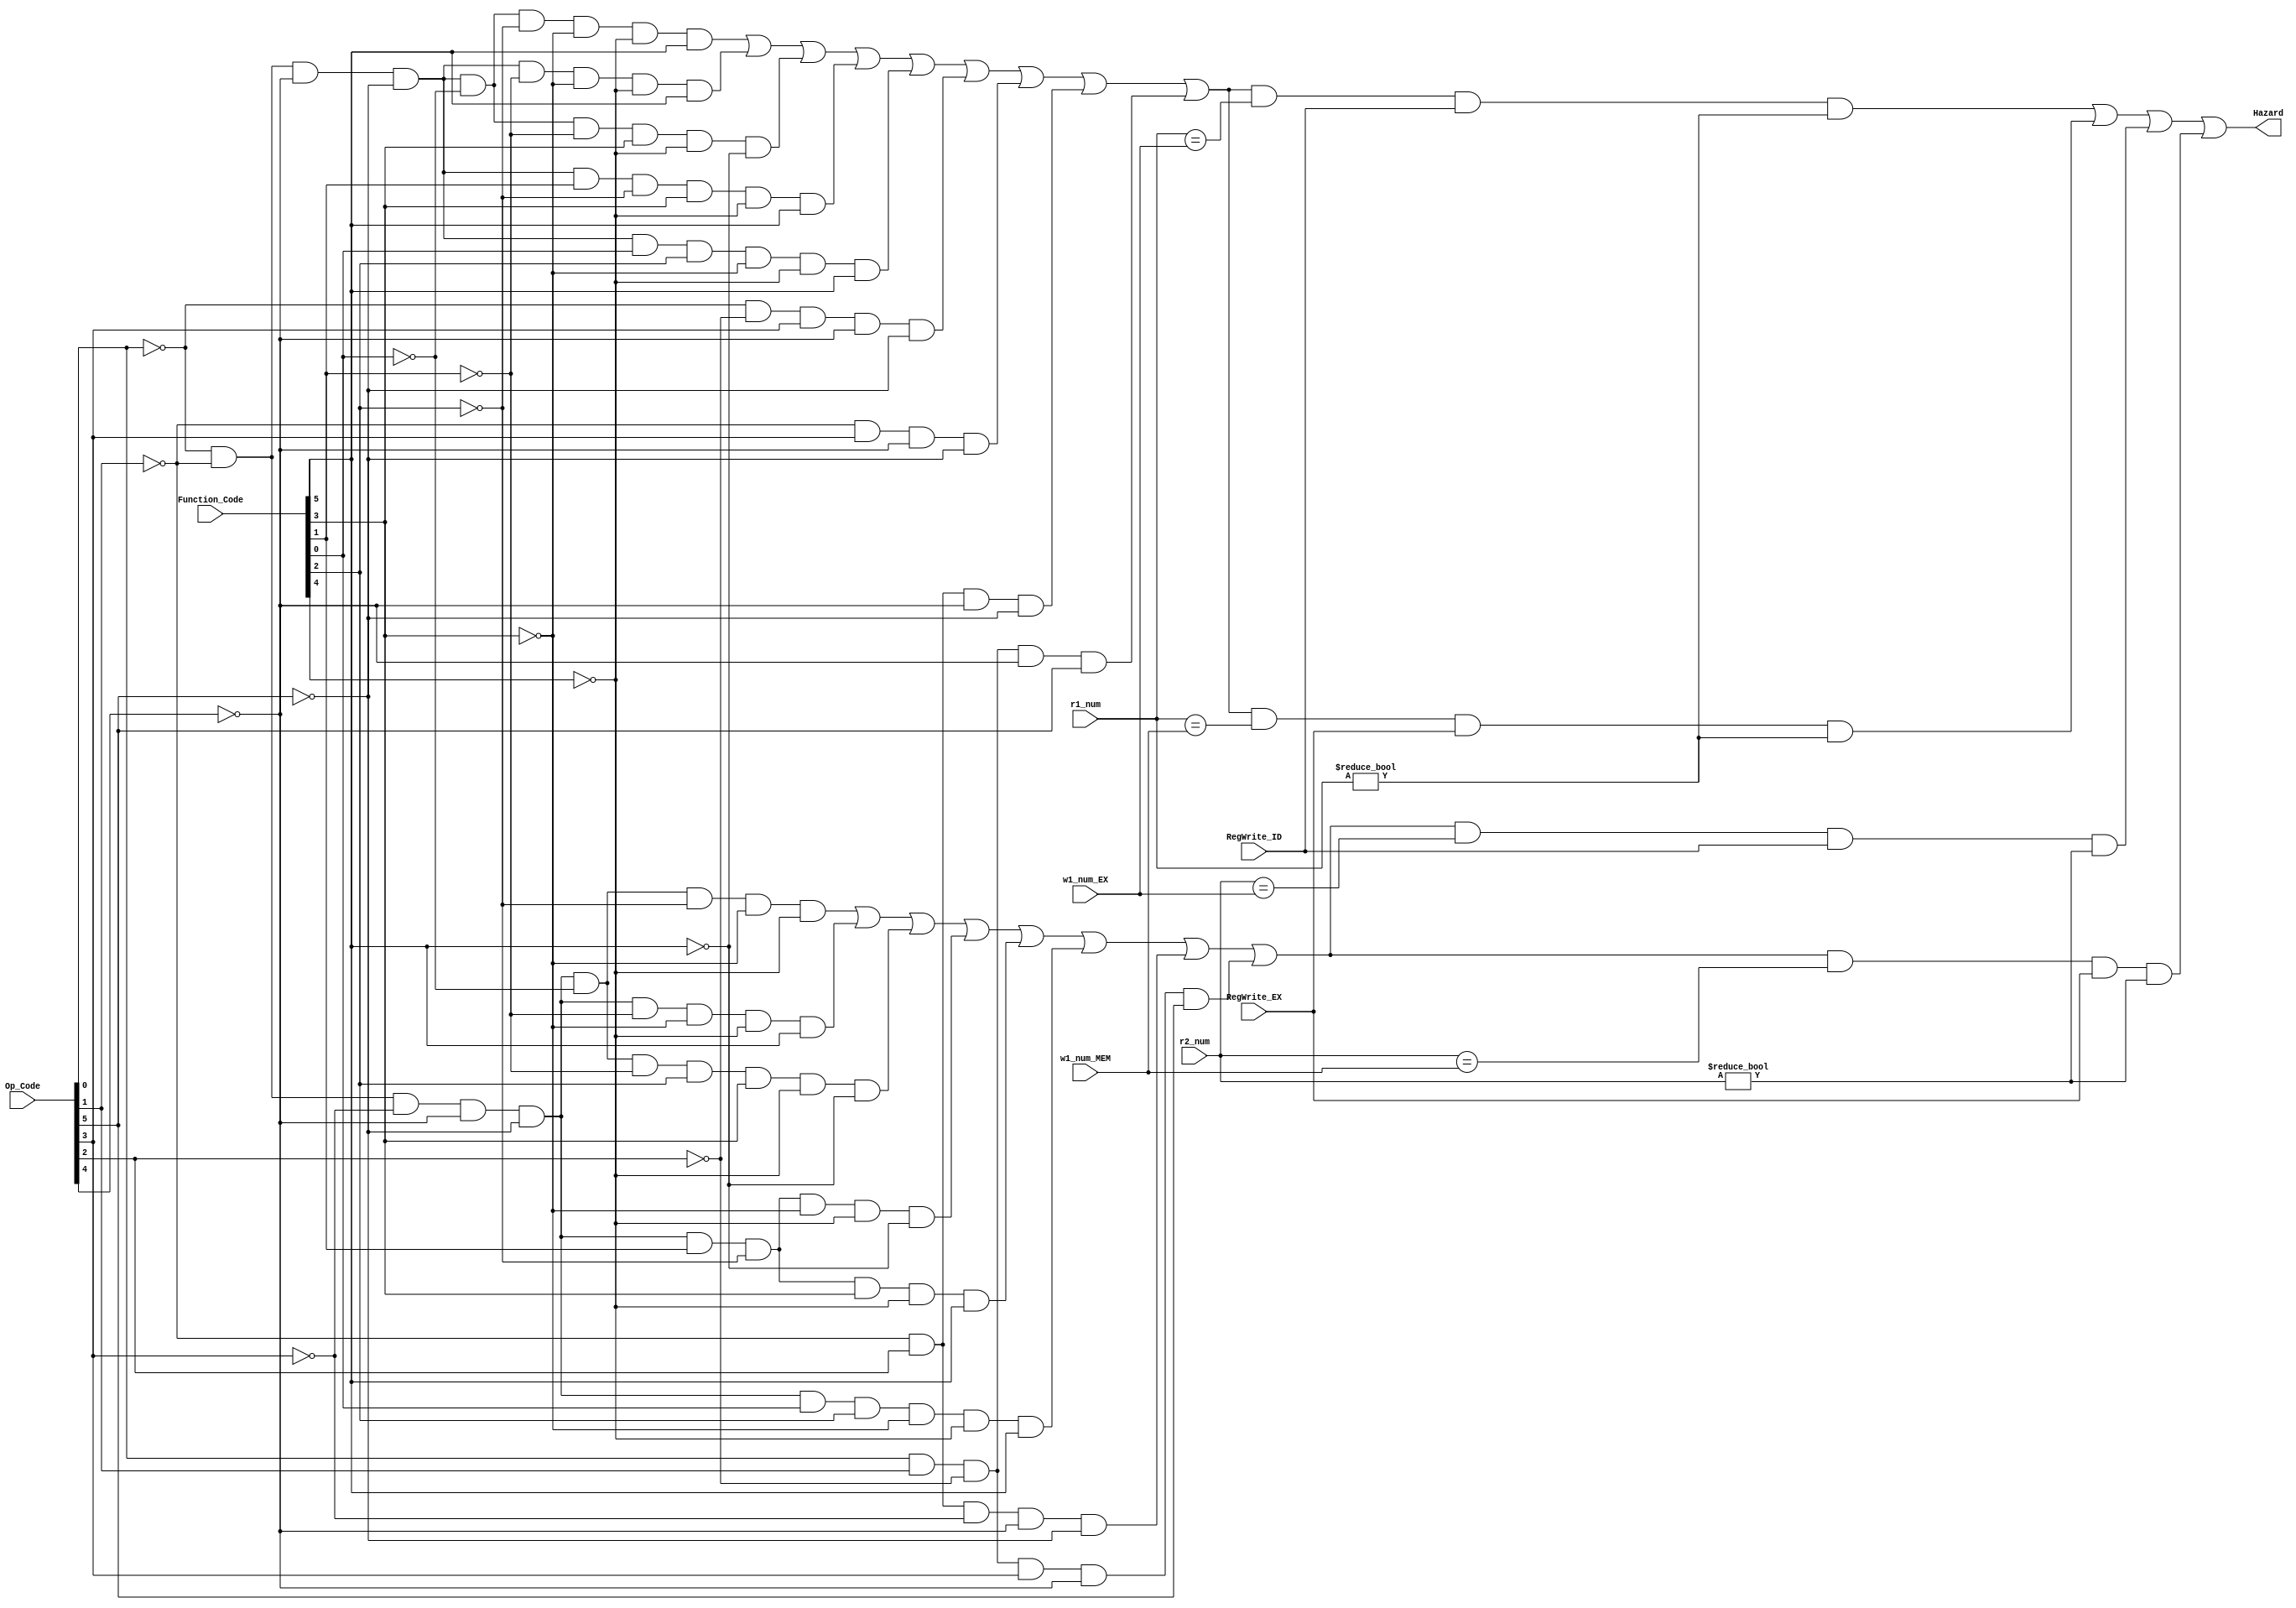
`timescale 1ns / 1ps
//////////////////////////////////////////////////////////////////////////////////
// Company: 
// Engineer: 
// 
// Design Name: 
// Module Name: hazarddect
// Project Name: 
// Target Devices: 
// Tool Versions: 
// Description: 
// 
// Dependencies: 
// 
// Revision:
// Revision 0.01 - File Created
// Additional Comments:
// 
//////////////////////////////////////////////////////////////////////////////////


module hazarddect(
    input [4:0] r1_num,
    input [4:0] r2_num,
    input [5:0] Op_Code,
    input [5:0] Function_Code,
    input RegWrite_ID,
    input RegWrite_EX,
    input [4:0] w1_num_EX,
    input [4:0] w1_num_MEM,
    output Hazard
    );
    wire OP0,OP1,OP2,OP3,OP4,OP5;
    wire F0,F1,F2,F3,F4,F5;
    wire r1_used,r2_used;
    assign OP0=Op_Code[0];
    assign OP1=Op_Code[1];
    assign OP2=Op_Code[2];
    assign OP3=Op_Code[3];
    assign OP4=Op_Code[4];
    assign OP5=Op_Code[5];
    assign F0=Function_Code[0];
    assign F1=Function_Code[1];
    assign F2=Function_Code[2];
    assign F3=Function_Code[3];
    assign F4=Function_Code[4];
    assign F5=Function_Code[5];
    assign r1_used = ~OP0& ~OP1& ~OP4& ~OP5& ~F0& ~F2& ~F3& ~F4& F5 |
                    ~OP0& ~OP1& ~OP4& ~OP5& ~F1& ~F3& ~F4& F5 | 
                    ~OP0& ~OP1& ~OP4& ~OP5& ~F0& ~F1& F3& ~F4& ~F5 | 
                    ~OP0& ~OP1& ~OP4& ~OP5& F1& ~F2& F3& ~F4& F5 | 
                    ~OP0& ~OP1& ~OP4& ~OP5& F0& F2& ~F3& ~F4& F5 | 
                    ~OP0& ~OP2& OP3& ~OP4& ~OP5 | ~OP1& OP3& ~OP4& ~OP5 | ~OP1& OP2& ~OP4& ~OP5 | OP0& OP1& ~OP2& ~OP4& OP5;
    assign r2_used = ~OP0& ~OP1& ~OP3& ~OP4& ~OP5& ~F0& ~F2& ~F3& ~F4 | 
                    ~OP0& ~OP1& ~OP3& ~OP4& ~OP5& ~F1& ~F3& ~F4& F5 | 
                    ~OP0& ~OP1& ~OP3& ~OP4& ~OP5& ~F0& ~F1& F2& F3& ~F4& ~F5 | 
                    ~OP0& ~OP1& ~OP3& ~OP4& ~OP5& F1& ~F2& ~F3& ~F4& ~F5 | 
                    ~OP0& ~OP1& ~OP3& ~OP4& ~OP5& F1& ~F2& F3& ~F4& F5 | 
                    ~OP0& ~OP1& ~OP3& ~OP4& ~OP5& F0& F2& ~F3& ~F4& F5 | 
                    ~OP1& OP2& ~OP3& ~OP4& ~OP5 | OP0& OP1& ~OP2& OP3& ~OP4& OP5;
    assign Hazard = (r1_used & (r1_num==w1_num_EX) & RegWrite_ID & (r1_num!=5'd0))|(r1_used & (r1_num==w1_num_MEM) & RegWrite_EX & (r1_num!=5'd0))|
                    (r2_used & (r2_num==w1_num_EX) & RegWrite_ID & (r2_num!=5'd0))|(r2_used & (r2_num==w1_num_MEM) & RegWrite_EX & (r2_num!=5'd0));
endmodule